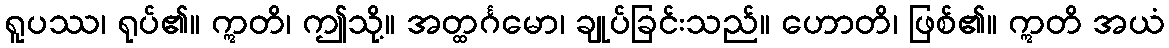
ရူပဿ၊ ရုပ်၏။ ဣတိ၊ ဤသို့။ အတ္ထင်္ဂမော၊ ချုပ်ခြင်းသည်။ ဟောတိ၊ ဖြစ်၏။ ဣတိ အယံ